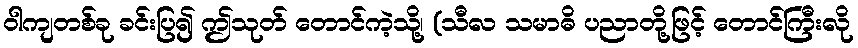
ဝါကျတစ်ခု ခင်းပြ၍ ဤသုတ် တောင်ကဲ့သို့၊ (သီလ သမာဓိ ပညာတို့ဖြင့် တောင်ကြီးလို